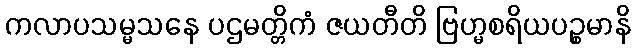
ကလာပသမ္မသနေ ပဌမတ္တိကံ ဇယတီတိ ဗြဟ္မစရိယပဉ္စမာနိ